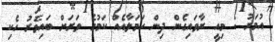
އުމަރު : މިއީ ރާވައިގެން ދިން ހަމަލާއެއް ކަމުގެ ވަރަށް ބައިވަރު ހެކި